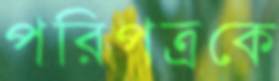
পরিপত্রকে